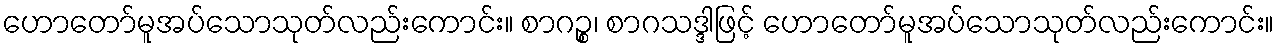
ဟောတော်မူအပ်သောသုတ်လည်းကောင်း။ စာဂဉ္စ၊ စာဂသဒ္ဒါဖြင့် ဟောတော်မူအပ်သောသုတ်လည်းကောင်း။